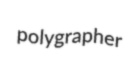
polygrapher